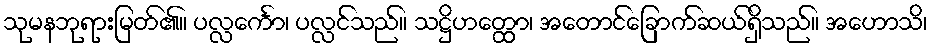
သုမနဘုရားမြတ်၏။ ပလ္လင်္ကော၊ ပလ္လင်သည်။ သဋ္ဌိဟတ္ထော၊ အတောင်ခြောက်ဆယ်ရှိသည်။ အဟောသိ၊